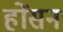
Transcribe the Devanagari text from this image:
होंसन